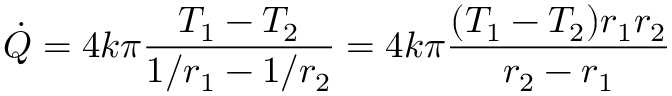
{ \dot { Q } } = 4 k \pi { \frac { T _ { 1 } - T _ { 2 } } { 1 / { r _ { 1 } } - 1 / { r _ { 2 } } } } = 4 k \pi { \frac { ( T _ { 1 } - T _ { 2 } ) r _ { 1 } r _ { 2 } } { r _ { 2 } - r _ { 1 } } }